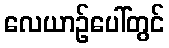
လေယာဉ်ပေါ်တွင်